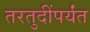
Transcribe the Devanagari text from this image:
तरतुदींपर्यंत